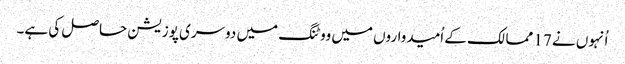
اُنہوں نے 17 ممالک کے اُمیدواروں میں ووٹنگ میں دوسری پوزیشن حاصل کی ہے۔